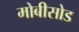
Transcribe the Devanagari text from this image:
मोबीसोड